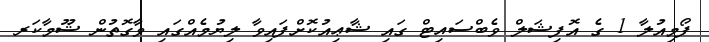
ފޯމިއުލާ 1 ގެ އޮފިޝަލް ވެބްސައިޓް ގައި ޝާޢިއުކޮށްފައިވާ ލިޔުމެއްގައި ވާގޮތުން ޝޫމާކަރ